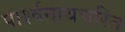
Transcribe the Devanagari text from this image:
पार्श्वनाथचरित